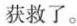
获救了。